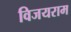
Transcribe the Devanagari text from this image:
विजयराम